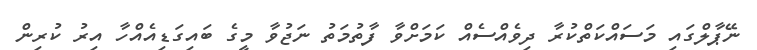
ނޭޕާލްގައި މަސައްކަތްކުރާ ދިވެއްސެއް ކަމަށްވާ ފާތުމަތު ނަޖުވާ މީގެ ބައިގަޑިއެއްހާ އިރު ކުރިން